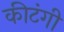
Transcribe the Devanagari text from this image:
कीटंगी